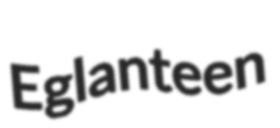
Eglanteen